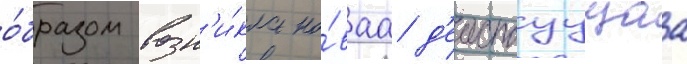
о́бразом возн'и́кла но́ваа д'еиствуущаа